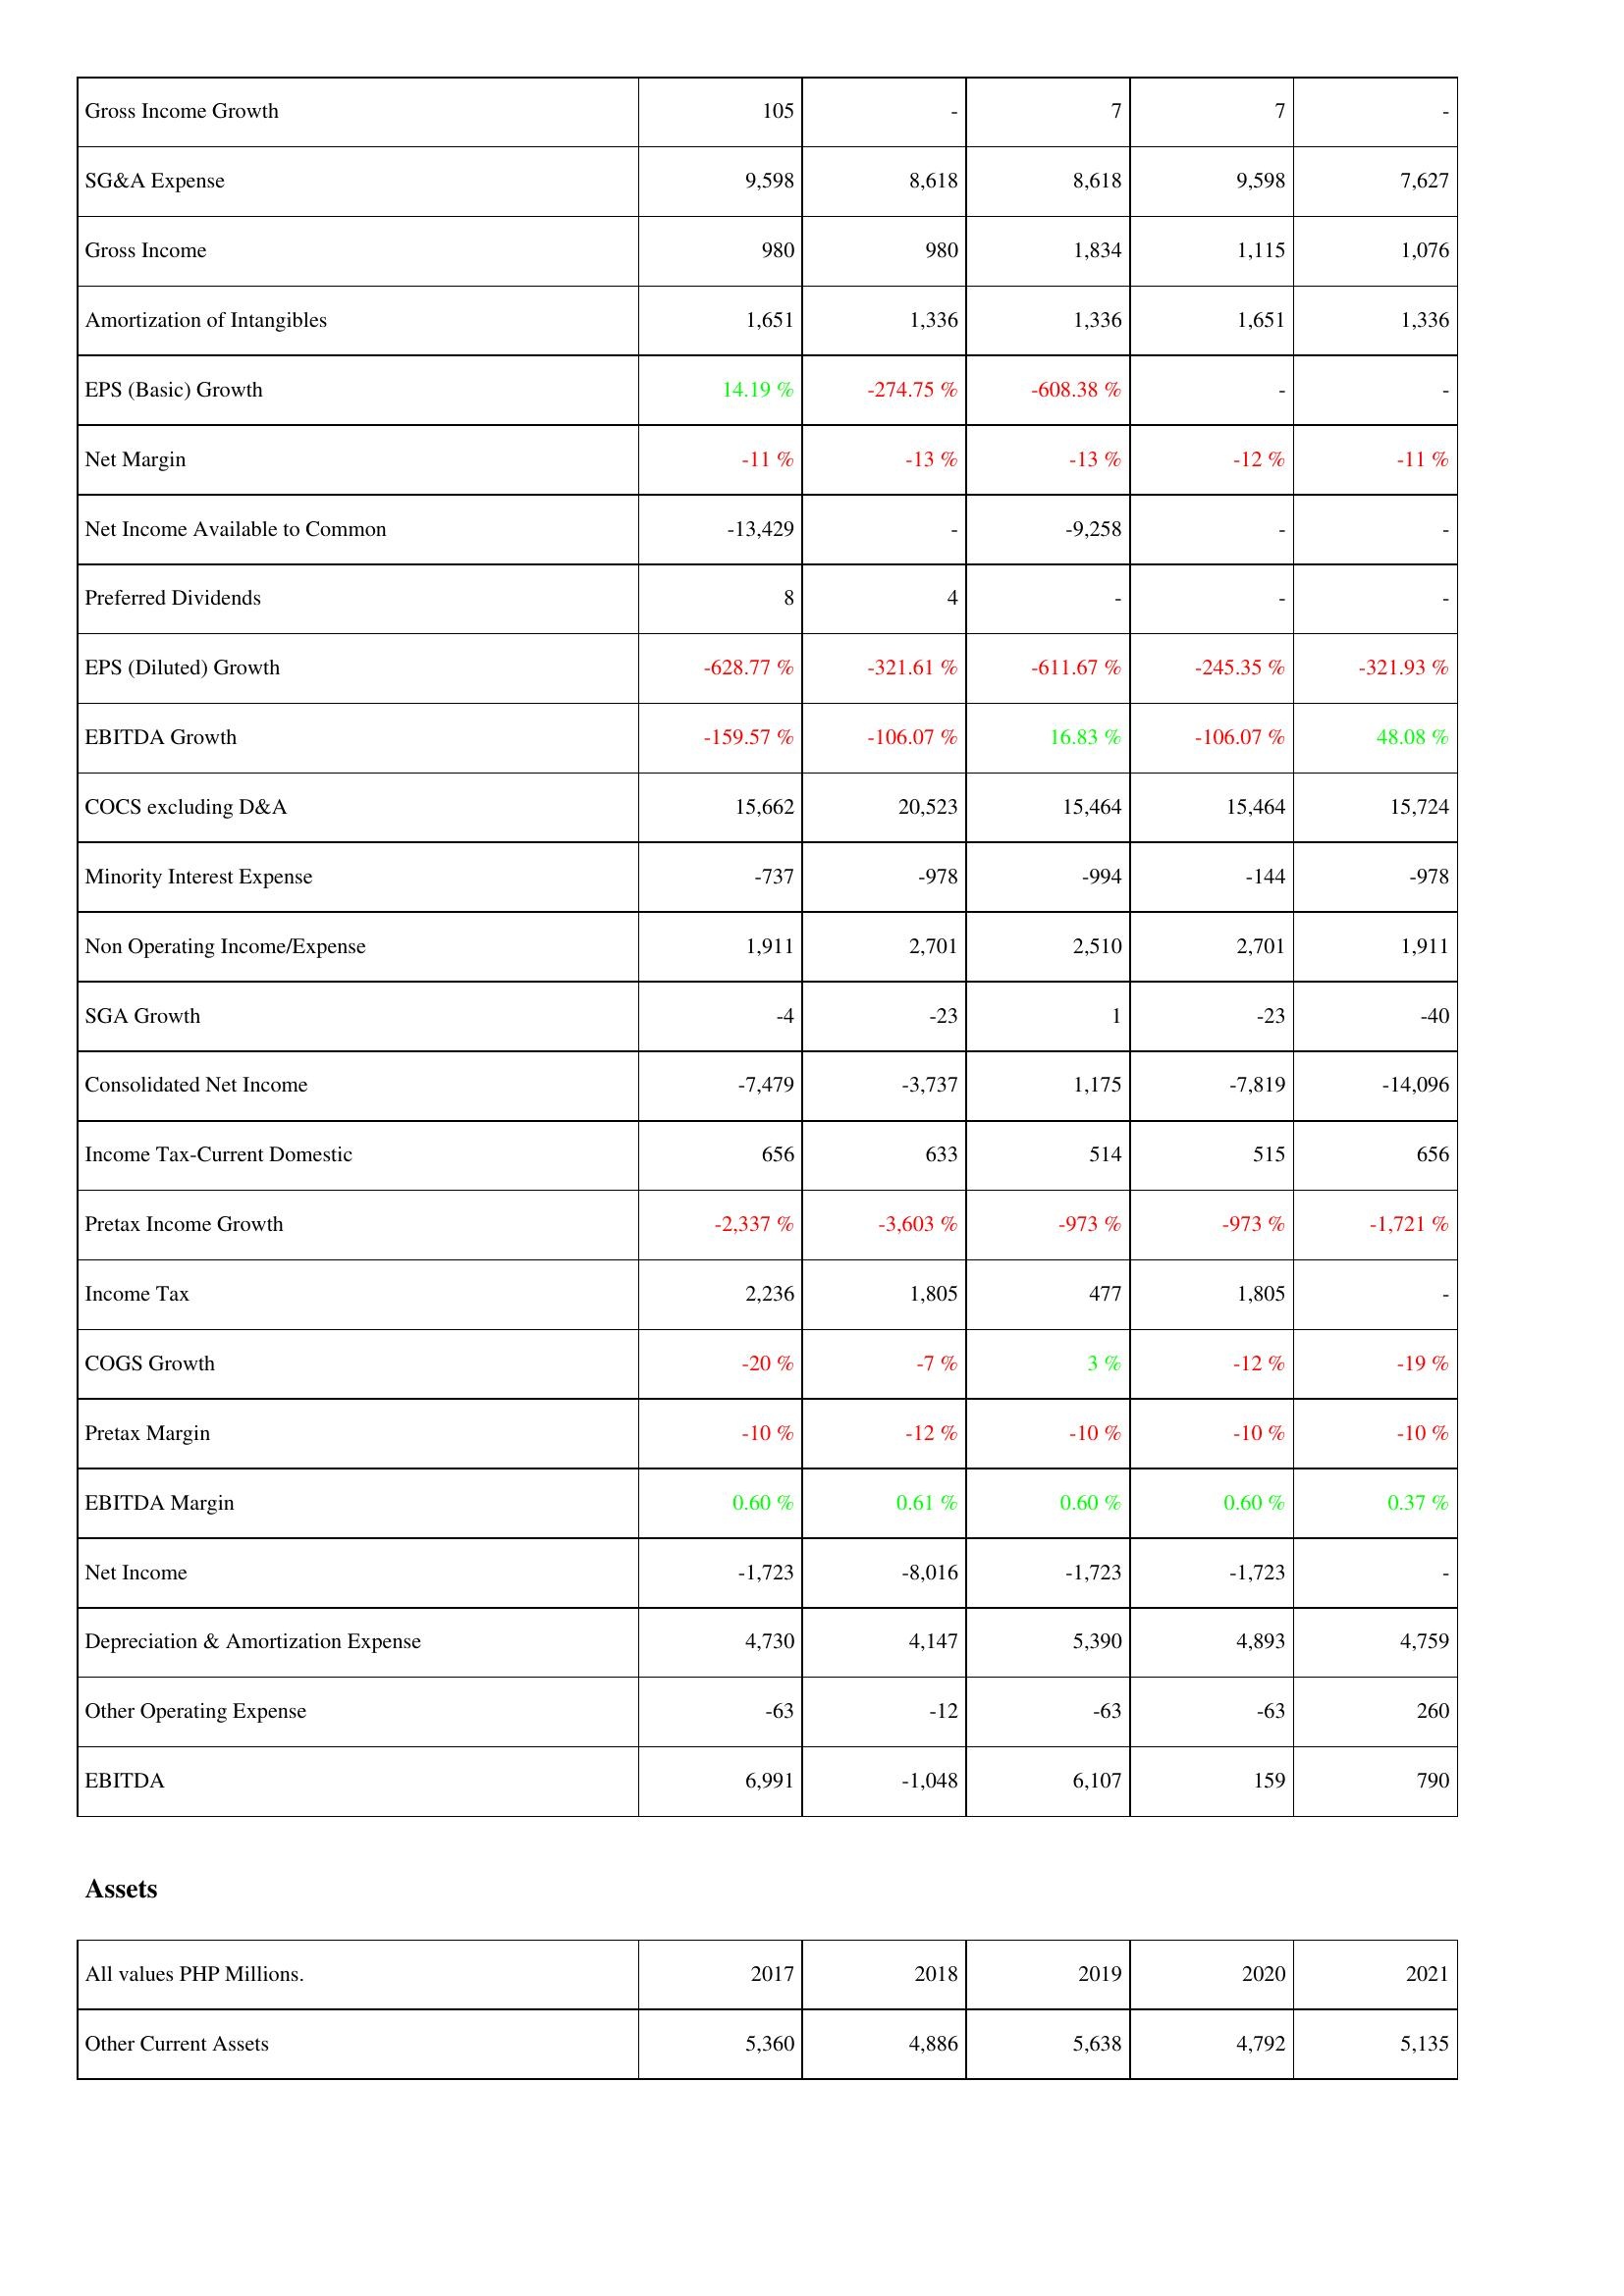
2017: Income Statement: Gross Income Growth: 105
SG&A Expense: 9,598
Gross Income: 980
Amortization of Intangibles: 1,651
EPS (Basic) Growth: 14.19 %
Net Margin: -11 %
Net Income Available to Common: -13,429
Preferred Dividends: 8
EPS (Diluted) Growth: -628.77 %
EBITDA Growth: -159.57 %
COCS excluding D&A: 15,662
Minority Interest Expense: -737
Non Operating Income/Expense: 1,911
SGA Growth: -4
Consolidated Net Income: -7,479
Income Tax-Current Domestic: 656
Pretax Income Growth: -2,337 %
Income Tax: 2,236
COGS Growth: -20 %
Pretax Margin: -10 %
EBITDA Margin: 0.60 %
Net Income: -1,723
Depreciation & Amortization Expense: 4,730
Other Operating Expense: -63
EBITDA: 6,991
Assets: Other Current Assets: 5,360
2018: Income Statement: Gross Income Growth: -
SG&A Expense: 8,618
Gross Income: 980
Amortization of Intangibles: 1,336
EPS (Basic) Growth: -274.75 %
Net Margin: -13 %
Net Income Available to Common: -
Preferred Dividends: 4
EPS (Diluted) Growth: -321.61 %
EBITDA Growth: -106.07 %
COCS excluding D&A: 20,523
Minority Interest Expense: -978
Non Operating Income/Expense: 2,701
SGA Growth: -23
Consolidated Net Income: -3,737
Income Tax-Current Domestic: 633
Pretax Income Growth: -3,603 %
Income Tax: 1,805
COGS Growth: -7 %
Pretax Margin: -12 %
EBITDA Margin: 0.61 %
Net Income: -8,016
Depreciation & Amortization Expense: 4,147
Other Operating Expense: -12
EBITDA: -1,048
Assets: Other Current Assets: 4,886
2019: Income Statement: Gross Income Growth: 7
SG&A Expense: 8,618
Gross Income: 1,834
Amortization of Intangibles: 1,336
EPS (Basic) Growth: -608.38 %
Net Margin: -13 %
Net Income Available to Common: -9,258
Preferred Dividends: -
EPS (Diluted) Growth: -611.67 %
EBITDA Growth: 16.83 %
COCS excluding D&A: 15,464
Minority Interest Expense: -994
Non Operating Income/Expense: 2,510
SGA Growth: 1
Consolidated Net Income: 1,175
Income Tax-Current Domestic: 514
Pretax Income Growth: -973 %
Income Tax: 477
COGS Growth: 3 %
Pretax Margin: -10 %
EBITDA Margin: 0.60 %
Net Income: -1,723
Depreciation & Amortization Expense: 5,390
Other Operating Expense: -63
EBITDA: 6,107
Assets: Other Current Assets: 5,638
2020: Income Statement: Gross Income Growth: 7
SG&A Expense: 9,598
Gross Income: 1,115
Amortization of Intangibles: 1,651
EPS (Basic) Growth: -
Net Margin: -12 %
Net Income Available to Common: -
Preferred Dividends: -
EPS (Diluted) Growth: -245.35 %
EBITDA Growth: -106.07 %
COCS excluding D&A: 15,464
Minority Interest Expense: -144
Non Operating Income/Expense: 2,701
SGA Growth: -23
Consolidated Net Income: -7,819
Income Tax-Current Domestic: 515
Pretax Income Growth: -973 %
Income Tax: 1,805
COGS Growth: -12 %
Pretax Margin: -10 %
EBITDA Margin: 0.60 %
Net Income: -1,723
Depreciation & Amortization Expense: 4,893
Other Operating Expense: -63
EBITDA: 159
Assets: Other Current Assets: 4,792
2021: Income Statement: Gross Income Growth: -
SG&A Expense: 7,627
Gross Income: 1,076
Amortization of Intangibles: 1,336
EPS (Basic) Growth: -
Net Margin: -11 %
Net Income Available to Common: -
Preferred Dividends: -
EPS (Diluted) Growth: -321.93 %
EBITDA Growth: 48.08 %
COCS excluding D&A: 15,724
Minority Interest Expense: -978
Non Operating Income/Expense: 1,911
SGA Growth: -40
Consolidated Net Income: -14,096
Income Tax-Current Domestic: 656
Pretax Income Growth: -1,721 %
Income Tax: -
COGS Growth: -19 %
Pretax Margin: -10 %
EBITDA Margin: 0.37 %
Net Income: -
Depreciation & Amortization Expense: 4,759
Other Operating Expense: 260
EBITDA: 790
Assets: Other Current Assets: 5,135